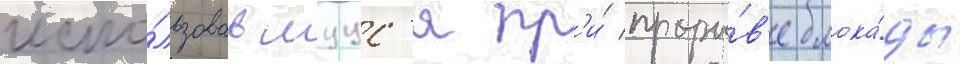
испо́льзовавшуус'я пр'и́ проры́в'е блока́ды